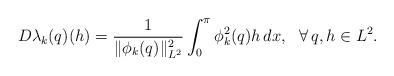
LaTeX: \begin{align*}D\lambda_k(q)(h)=\frac{1}{\|\phi_k(q)\|^2_{L^2}}\int^\pi_0 \phi_k^2(q) h\, dx, ~~\forall \,q,h \in L^2.\end{align*}